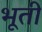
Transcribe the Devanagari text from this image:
भूती